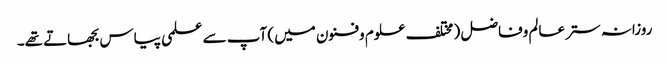
روزانہ ستر عالم وفاضل (مختلف علوم وفنون میں) آپ سے علمی پیاس بجھاتے تھے۔